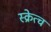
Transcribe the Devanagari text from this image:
स्क्रेत्च